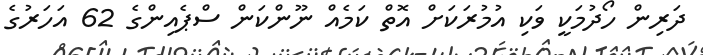
ދަރިން ހޯދުމަކީ ވަކި އުމުރަކަށް އޮތް ކަމެއް ނޫންކަން ސްޕެއިންގެ 62 އަހަރުގެ